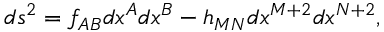
d s ^ { 2 } = f _ { A B } d x ^ { A } d x ^ { B } - h _ { M N } d x ^ { M + 2 } d x ^ { N + 2 } ,